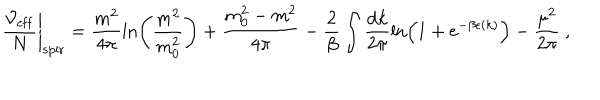
\left. \frac { { \cal V } _ { \mathrm { e f f } } } { N } \right| _ { \mathrm { s p i r } } = \frac { m ^ { 2 } } { 4 \pi } \ln \left( \frac { m ^ { 2 } } { m _ { 0 } ^ { 2 } } \right) + \frac { m _ { 0 } ^ { 2 } - m ^ { 2 } } { 4 \pi } - \frac { 2 } { \beta } \int \frac { \mathrm { d } k } { 2 \pi } \ln \left( 1 + \mathrm { e } ^ { - \beta \epsilon ( k ) } \right) - \frac { \mu ^ { 2 } } { 2 \pi } \ ,